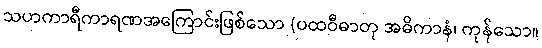
သဟကာရီကာရဏအကြောင်းဖြစ်သော (ပထဝီဓာတု အဓိကာနံ၊ ကုန်သော။